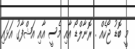
މީ ބޮޑު ޖޯކެއް . ރޮނާލްޑޯ އާއި މެސީ އާއި އަޝްފާގު އަޅައި